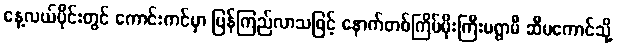
နေ့လယ်ပိုင်းတွင် ကောင်းကင်မှာ ပြန်ကြည်လာသဖြင့် နောက်တစ်ကြိမ်မိုးကြီးမရွာမီ ဆီမကောင်သို့